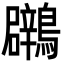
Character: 鸊